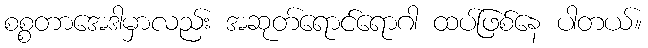
စစ္စတာအေဒါမှာလည်း အဆုတ်ရောင်ရောဂါ ထပ်ဖြစ်နေ ပါတယ်။